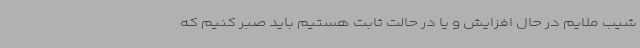
شیب ملایم در حال افزایش و یا در حالت ثابت هستیم باید صبر کنیم که